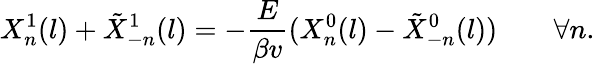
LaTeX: X_{n}^{1}(l)+\tilde{X}_{-n}^{1}(l)=-\frac{E}{\beta v}(X_{n}^{0}(l)-\tilde{X}_{-n}^{0}(l))\quad\quad\forall n.